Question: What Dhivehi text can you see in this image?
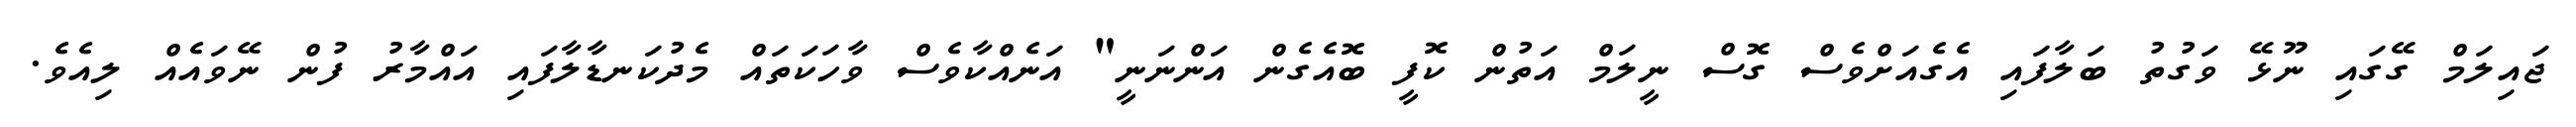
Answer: ޖައިލަމް ގޭގައި ނޫޅޭ ވަގުތު ބަލާފައި އެގެއަށްވެސް ގޮސް ނީލަމް އަތުން ކޮފީ ބޮއެގެން އަންނަނީ" އަނެއްކާވެސް ވާހަކަތައް މެދުކަނޑާލާފައި އައްމާރު ފުން ނޭވައެއް ލިއެވެ.